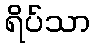
ရိပ်သာ